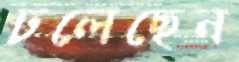
ঢলেছেন